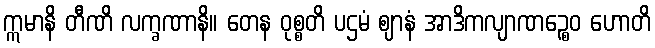
ဣမာနိ တီဏိ လက္ခဏာနိ။ တေန ဝုစ္စတိ ပဌမံ ဈာနံ အာဒိကလျာဏဉ္စေဝ ဟောတိ